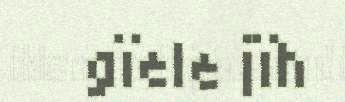
gïele jïh